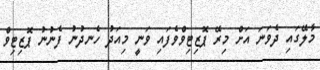
މާލޭގައި ދެވަނަ އަށް މިރޭ ޕޮޒިޓިވްވެފައި ވަނީ މިއަދު ހެނދުނު ފެނުނު ޕޮޒިޓިވް